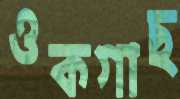
ওকগাছ